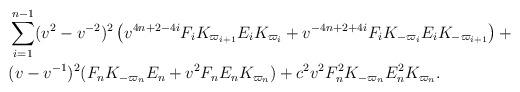
LaTeX: \begin{align*} & \sum_{i=1}^{n-1} (v^2-v^{-2})^2\left(v^{4n+2-4i}F_iK_{\varpi_{i+1}}E_iK_{\varpi_i}+ v^{-4n+2+4i}F_iK_{-\varpi_i}E_iK_{-\varpi_{i+1}}\right)+\\ & (v-v^{-1})^2(F_nK_{-\varpi_n}E_n+v^2F_nE_nK_{\varpi_n})+ c^2v^2F_n^2K_{-\varpi_n}E_n^2K_{\varpi_n}.\end{align*}